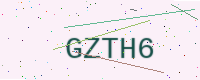
Text: GZTH6